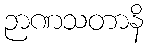
ဉာဏသတာနိ